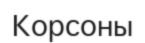
Корсоны